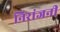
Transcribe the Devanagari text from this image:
निरांजनी